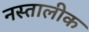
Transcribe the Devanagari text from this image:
नस्तालीक